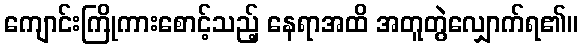
ကျောင်းကြိုကားစောင့်သည့် နေရာအထိ အတူတွဲလျှောက်ရ၏။